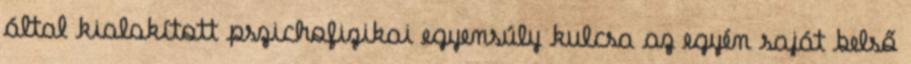
által kialakított pszichofizikai egyensúly kulcsa az egyén saját belső